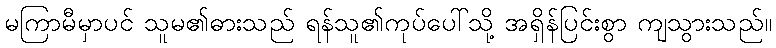
မကြာမီမှာပင် သူမ၏ဓားသည် ရန်သူ၏ကုပ်ပေါ်သို့ အရှိန်ပြင်းစွာ ကျသွားသည်။